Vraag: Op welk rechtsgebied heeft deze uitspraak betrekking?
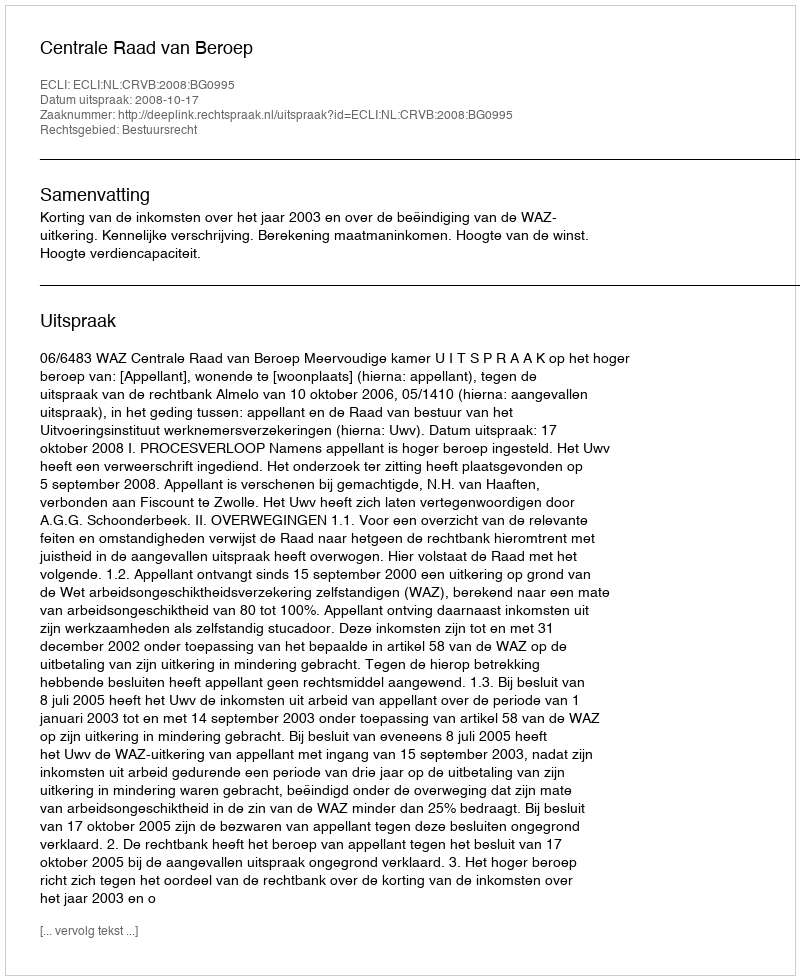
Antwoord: Bestuursrecht